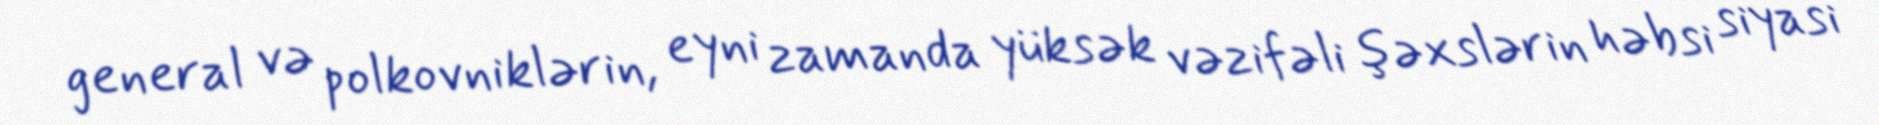
general və polkovniklərin, eyni zamanda yüksək vəzifəli şəxslərin həbsi siyasi